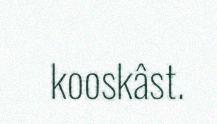
kooskâst.